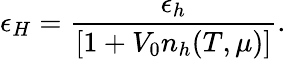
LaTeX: \epsilon_{H}={\frac{\epsilon_{h}}{[1+V_{0}n_{h}(T,\mu)]}}.